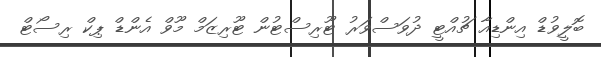
ބޮލީވުޑް އިންޑިއާ ޗުއްޓީ ދުވަސްވަރު ޓޫރިސްޓުން ޓޫރިޒަމް މޫވް އެންޑް ޕިކް ރިސޯޓް